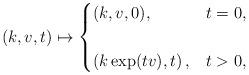
LaTeX: \begin{align*}(k, v, t) \mapsto \begin{cases}(k, v, 0), & t = 0,\\ &\\\left(k\exp(tv), t \right), & t > 0, \end{cases}\end{align*}